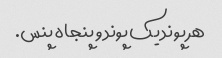
هر پوند یک پوند و پنجاه پنس.